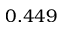
0 . 4 4 9